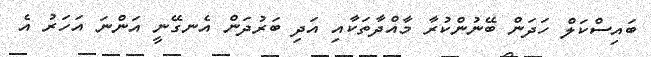
ބައިސްކަލް ހަދަން ބޭނުންކުރާ މާއްދާތަކާއި އަދި ބަރުދަން އެނގޭނީ އަންނަ އަހަރު އެ